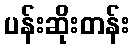
ပန်းဆိုးတန်း